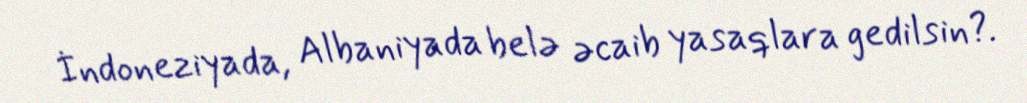
İndoneziyada, Albaniyada belə əcaib yasaqlara gedilsin?.